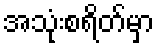
အသုံးစရိတ်မှာ